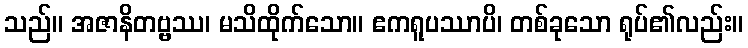
သည်။ အဇာနိတဗ္ဗဿ၊ မသိထိုက်သော။ ဧကရူပဿာပိ၊ တစ်ခုသော ရုပ်၏လည်း။